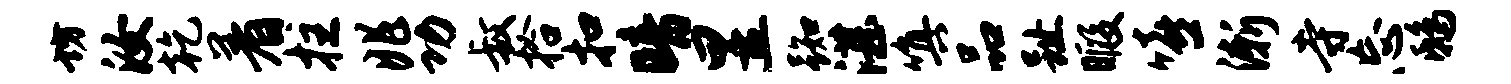
坊汝乾着拄兆功叔拾扣暗昱踟湛嗔品趾暇嘻渐寺忘鸱